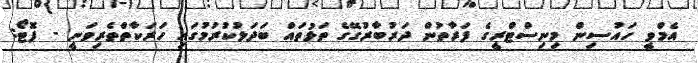
އެމްވީ ހައުސިން މިނިސްޓްރީގެ ފަރާތުން ދަރުބާރުގޭގެ ތަޅުތައް ބަދަލުކުރުމުގައި ހަރަކާތްތެރިވަނީ - ފޮޓޯ: